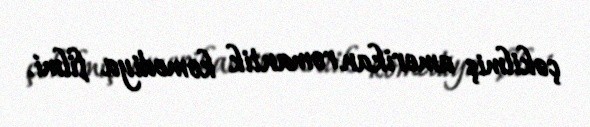
çəkilmiş amerikan romantik komediya filmi.